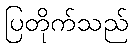
ပြတိုက်သည်